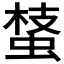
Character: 𧌔